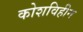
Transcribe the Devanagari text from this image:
कोशविहीन